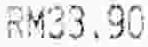
RM33.90